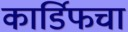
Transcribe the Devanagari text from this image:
कार्डिफचा